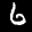
Label: 6